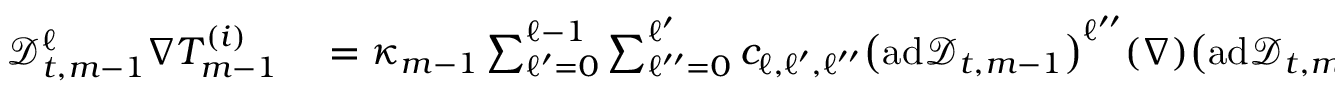
\begin{array} { r l } { \mathscr { D } _ { t , m - 1 } ^ { \ell } \nabla T _ { m - 1 } ^ { ( i ) } } & { { } = \kappa _ { m - 1 } \sum _ { \ell ^ { \prime } = 0 } ^ { \ell - 1 } \sum _ { \ell ^ { \prime \prime } = 0 } ^ { \ell ^ { \prime } } c _ { \ell , \ell ^ { \prime } , \ell ^ { \prime \prime } } \bigl ( \mathrm { a d } \mathscr { D } _ { t , m - 1 } \bigr ) ^ { \ell ^ { \prime \prime } } ( \nabla ) \bigl ( \mathrm { a d } \mathscr { D } _ { t , m - 1 } \bigr ) ^ { \ell ^ { \prime } - \ell ^ { \prime \prime } } ( \nabla ) \mathscr { D } _ { t , m - 1 } ^ { \ell - 1 - \ell ^ { \prime } } \nabla T _ { m - 1 } ^ { ( i ) } } \end{array}